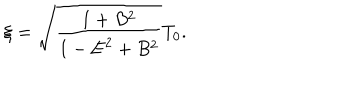
\xi = \sqrt { \frac { 1 + B ^ { 2 } } { 1 - { \bf E } ^ { 2 } + B ^ { 2 } } } T _ { 0 } .